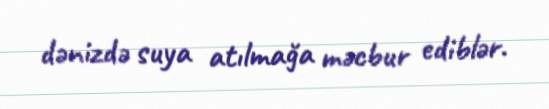
dənizdə suya atılmağa məcbur ediblər.